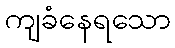
ကျခံနေရသော